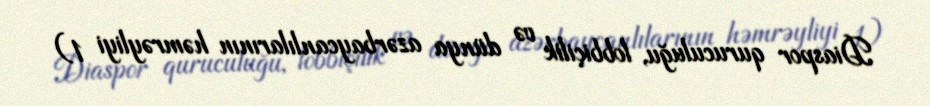
Diaspor quruculuğu, lobbiçilik və dünya azərbaycanlılarının həmrəyliyi 1)